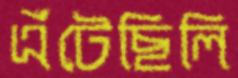
এঁটেছিলি